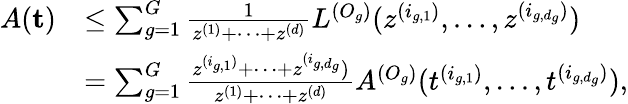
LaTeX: \begin{array}{rl}{A(\textbf{t})}&{\leq\sum_{g=1}^{G}\frac{1}{z^{(1)}+\dots+z^{(d)}}L^{(O_{g})}(z^{(i_{g,1})},\dots,z^{(i_{g,d_{g}})})}\\ &{=\sum_{g=1}^{G}\frac{z^{(i_{g,1})}+\dots+z^{(i_{g,d_{g}}})}{z^{(1)}+\dots+z^{(d)}}A^{(O_{g})}(t^{(i_{g,1})},\dots,t^{(i_{g,d_{g}})}),}\end{array}